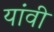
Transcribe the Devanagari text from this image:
यांवी